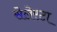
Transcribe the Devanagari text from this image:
सेलेस्टा